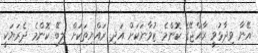
އޭނާ ވިދާޅުވީ ރާއްޖޭގެ ކޮންމެ ޒުވާނަކަށް އަދި ރައްޔިތަކަށް ލިބޭ ކޮންމެ ދެރަޔަކީ